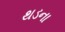
થડના